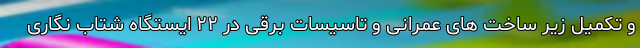
و تکمیل زیر ساخت های عمرانی و تاسیسات برقی در ۲۲ ایستگاه شتاب نگاری